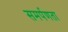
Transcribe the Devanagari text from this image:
समर्पणता